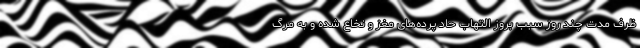
ظرف مدت چند روز سبب بروز التهاب حاد پرده‌های مغز و نخاع شده و به مرگ